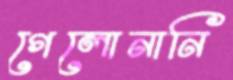
গেলোনানি